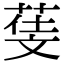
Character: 𣁙